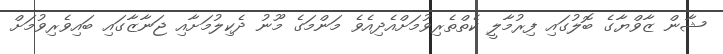
ޝާން ޒާވްޔާގެ ބޮލުގައި ފިރުމާލީ ކެތްތެރިވުމަށްއެދިއެވެ މަންމަގެ މޫނު ދެކިލުމަށާއި ޖަނާޒާގައި ބައިވެރިވުމަށް